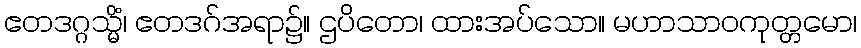
ဧတဒဂ္ဂသ္မိံ၊ ဧတဒဂ်အရာ၌။ ဌပိတော၊ ထားအပ်သော။ မဟာသာဝကုတ္တမော၊